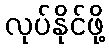
လုပ်နိုင်ဖို့